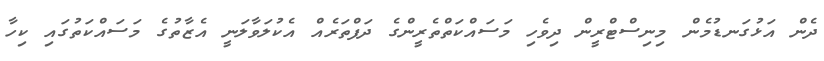
ދެން އަޅުގަނޑުމެން މިނިސްޓްރީން ދިވެހި މަސައްކަތްތެރީންގެ ދަފްތަރެއް އެކުލަވާލަނީ އެޒާތުގެ މަސައްކަތުގައި ކިހާ